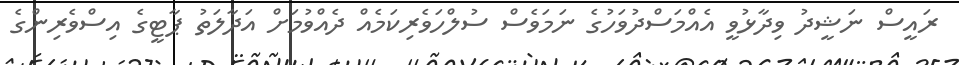
ރައީސް ނަޝީދު ވިދާޅުވީ އެއްމަސްދުވަހުގެ ނަމަވެސް ސުލްހަވެރިކަމެއް ދެއްވުމަށް އަދާލަތު ޕާޓީގެ އިސްވެރިންގެ